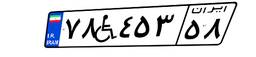
۷۸W۴۵۳۵۸